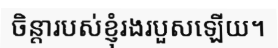
ចិន្តារបស់ខ្ញុំរងរបួសឡើយ។